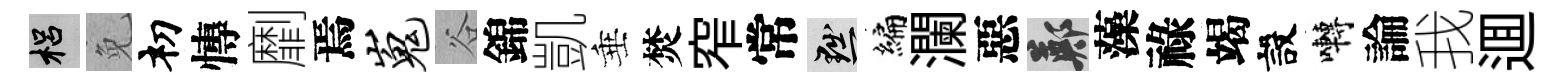
梠免𥘉慱劘焉嵬谷錦凱垂焚窄常黜编瀾惡鄭藻祿竭設囀論我逥